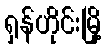
ရှန်ဟိုင်းမြို့